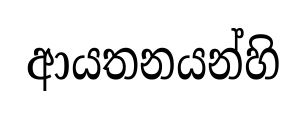
ආයතනයන්හි